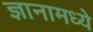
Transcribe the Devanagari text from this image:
ज्ञानामध्ये